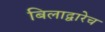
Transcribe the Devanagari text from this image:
बिलाद्वारेच